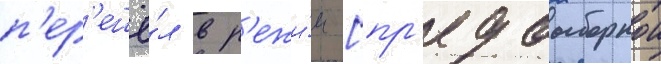
п'ер'ешё́л в р'ежи́м [пр'едвыборнои